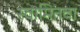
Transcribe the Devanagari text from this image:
स्वामितवा